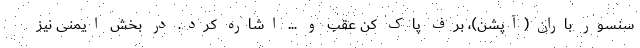
سنسور باران(آپشن)، برف پاک کن عقب و ... اشاره کرد. در بخش ایمنی نیز